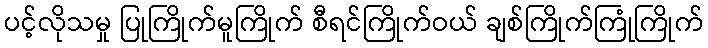
ပင့်လိုသမှု ပြုကြိုက်မူကြိုက် စီရင်ကြိုက်ဝယ် ချစ်ကြိုက်ကြုံကြိုက်